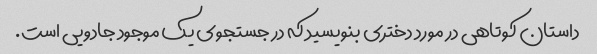
داستان کوتاهی در مورد دختری بنویسید که در جستجوی یک موجود جادویی است.